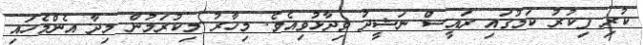
ކުރި ފިކުރު ކަމުގައި ރައީސް ނަޝީދު ވިދާޅުވިއެވެ. މިހާރު މިކުރަމުން މިދާ އެންމެހައި